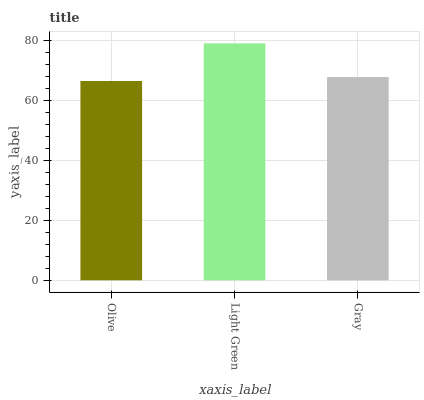
| xaxis_label | bars |
 | --- | --- |
 | Olive | 66.4 |
 | Light Green | 78.9 |
 | Gray | 67.7 |